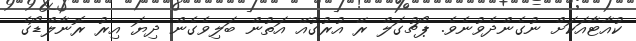
ކުއާޓާއަކަށް ނުގެންދެވުނެވެ. ޕޯޗުގަލް ރޭ އުރުގުއޭ އަތުން ބަލިވެގެން ދިޔަ އިރު ރޮނާލްޑޯގެ